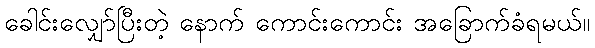
ခေါင်းလျှော်ပြီးတဲ့ နောက် ကောင်းကောင်း အခြောက်ခံရမယ်။